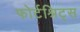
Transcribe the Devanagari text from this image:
फोर्टश्रिट्स